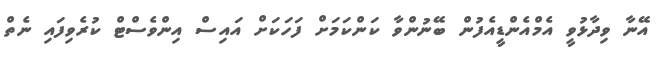
އޭނާ ވިދާޅުވީ އެމްއެންޑީއެފުން ބޭނުންވާ ކަންކަމަށް ފަހަކަށް އައިސް އިންވެސްޓް ކުރެވިފައި ނެތް